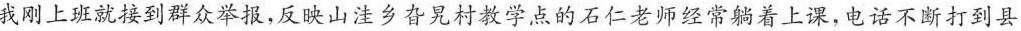
我刚上班就接到群众举报，反映山法乡旮教学点的石仁老师经常着上课，电话不断打到县